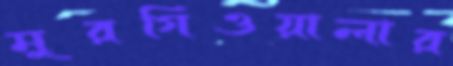
মুরগিওয়ালার